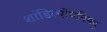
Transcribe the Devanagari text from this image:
शांडिल्योपनिषद्